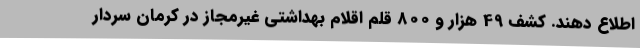
اطلاع دهند. کشف 49 هزار و 800 قلم اقلام بهداشتی غیرمجاز در کرمان سردار